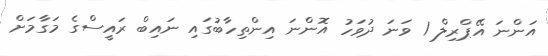
އަންނަ އޭޕްރިލް 1 ވަނަ ދުވަހު އޮންނަ އިންތިހާބުގައި ނައިބް ރައީސްގެ މަގާމަށް